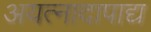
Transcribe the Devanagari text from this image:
अयत्नादापाद्य